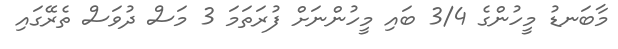
މާބަނޑު މީހުންގެ 3/4 ބައި މީހުންނަށް ފުރަތަމަ 3 މަސް ދުވަސް ތެރޭގައި